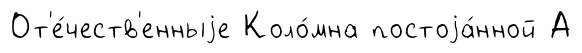
От'е́честв'енныjе Коло́мна постоjа́нной А